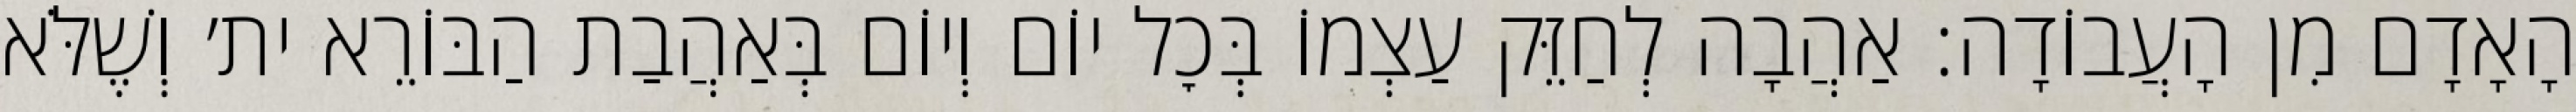
הָאָדָם מִן הָעֲבוֹדָה: אַהֲבָה לְחַזֵּק עַצְמוֹ בְּכׇל יוֹם וְיוֹם בְּאַהֲבַת הַבּוֹרֵא ית׳ וְשֶׁלֹּא